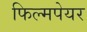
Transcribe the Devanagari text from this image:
फिल्मपेयर